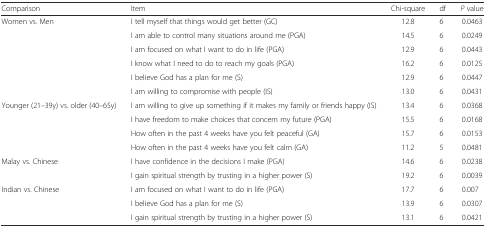
<table><thead><tr><td><b>Comparison</b></td><td><b>Item</b></td><td><b>Chi-square</b></td><td><b>df</b></td><td><b><i>P</i> value</b></td></tr></thead><tbody><tr><td rowspan="6">Women vs. Men</td><td>I tell myself that things would get better (GC)</td><td>12.8</td><td>6</td><td>0.0463</td></tr><tr><td>I am able to control many situations around me (PGA)</td><td>14.5</td><td>6</td><td>0.0249</td></tr><tr><td>I am focused on what I want to do in life (PGA)</td><td>12.9</td><td>6</td><td>0.0443</td></tr><tr><td>I know what I need to do to reach my goals (PGA)</td><td>16.2</td><td>6</td><td>0.0125</td></tr><tr><td>I believe God has a plan for me (S)</td><td>12.9</td><td>6</td><td>0.0447</td></tr><tr><td>I am willing to compromise with people (IS)</td><td>13.0</td><td>6</td><td>0.0431</td></tr><tr><td rowspan="4">Younger (21–39y) vs. older (40–65y)</td><td>I am willing to give up something if it makes my family or friends happy (IS)</td><td>13.4</td><td>6</td><td>0.0368</td></tr><tr><td>I have freedom to make choices that concern my future (PGA)</td><td>15.5</td><td>6</td><td>0.0168</td></tr><tr><td>How often in the past 4 weeks have you felt peaceful (GA)</td><td>15.7</td><td>6</td><td>0.0153</td></tr><tr><td>How often in the past 4 weeks have you felt calm (GA)</td><td>11.2</td><td>5</td><td>0.0481</td></tr><tr><td rowspan="2">Malay vs. Chinese</td><td>I have confidence in the decisions I make (PGA)</td><td>14.6</td><td>6</td><td>0.0238</td></tr><tr><td>I gain spiritual strength by trusting in a higher power (S)</td><td>19.2</td><td>6</td><td>0.0039</td></tr><tr><td rowspan="3">Indian vs. Chinese</td><td>I am focused on what I want to do in life (PGA)</td><td>17.7</td><td>6</td><td>0.007</td></tr><tr><td>I believe God has a plan for me (S)</td><td>13.9</td><td>6</td><td>0.0307</td></tr><tr><td>I gain spiritual strength by trusting in a higher power (S)</td><td>13.1</td><td>6</td><td>0.0421</td></tr></tbody></table>